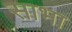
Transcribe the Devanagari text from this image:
साभा